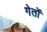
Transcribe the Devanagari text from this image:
गेतों